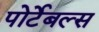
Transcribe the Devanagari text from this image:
पोर्टेबल्स